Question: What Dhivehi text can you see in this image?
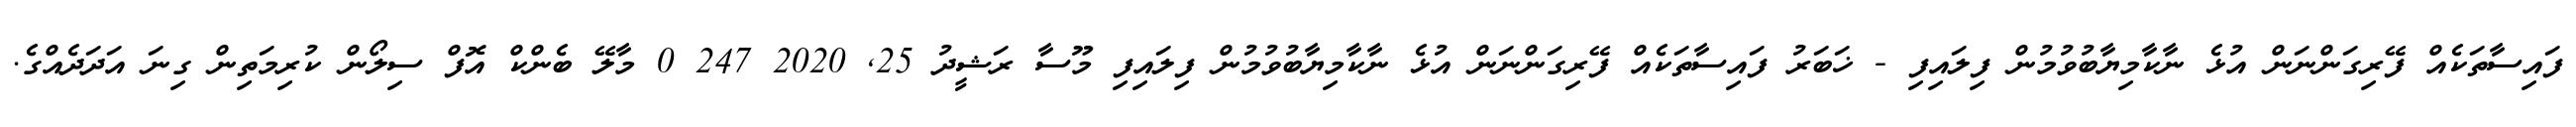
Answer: ފައިސާތަކެއް ފޭރިގަންނަން އުޅެ ނާކާމިޔާބުވުމުން ފިލައިފި - ޚަބަރު ފައިސާތަކެއް ފޭރިގަންނަން އުޅެ ނާކާމިޔާބުވުމުން ފިލައިފި މޫސާ ރަޝީދު 25, 2020 247 0 މާލޭ ބެންކް އޮފް ސިލޯން ކުރިމަތިން ގިނަ އަދަދެއްގެ.